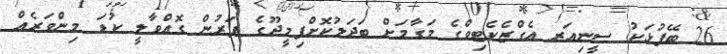
26 ބޭފުޅަކު ސީނިއަރ އެގްޒެކެޓިވްގެ މަގާމަށް ބަދަލުކޮށްފިމީދޫގެ ފަރުން ގޮއްވާލީ ކުޑަ މިންވަރެއް